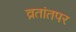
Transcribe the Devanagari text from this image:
व्रतांतपर